Annual report on the lock hospitals of the Madras Presidency
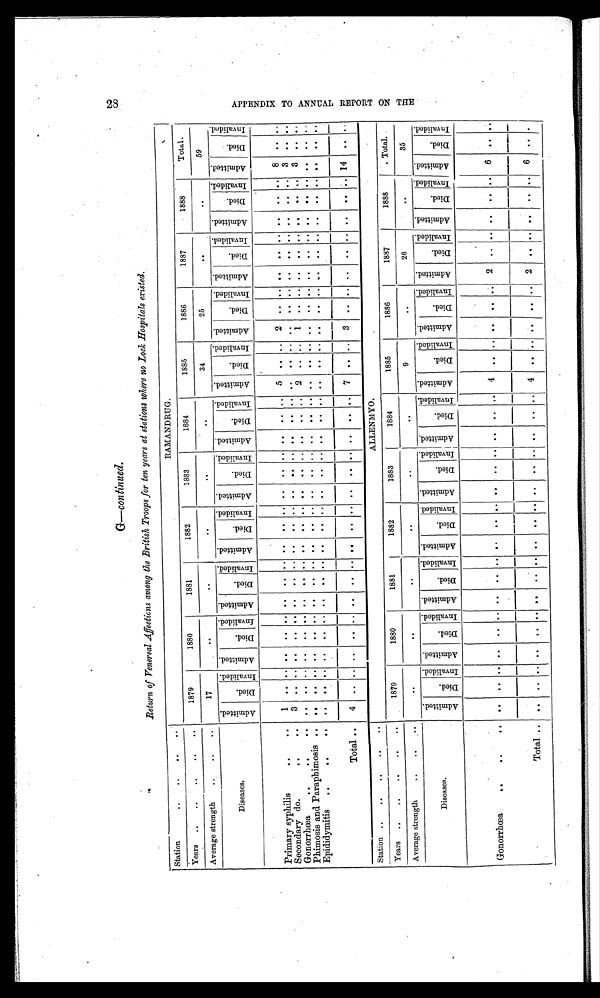
28
G— continued.
Return of Venereal Affecticns among the British Troops for ten years at stations where no Look Hospitals existed.
Station
..
..
..
. .
RAMANDRUG.
Years ..
..
..
..
. .
1879
1880
1881
1882
1883
1884
1885
1886
1887
1888
Total.
Average strength
..
..
..
17
..
..
. .
..
..
34
25
. .
..
59
Diseases.
A d m i t t e d .
D i e d
I n v a l i d e d .
A d m i t t e d
D i e d .
I n v a l i d e d . A d m i t t e d .
D i e d I n v a l i d e d
A d m i t t e d .
D i e d .
I n v a l i d e d A d m i t t e d
D i e d .
I n v a l i d e d .
A d m i t t e d .
D i e d .
I n v a l i d e d .
A d m i t t e d .
D i e d .
I n v a l i d e d .
A d m i t t e d .
D i e d .
I nval i ded.
A d m i t t e d .
D i e d .
I nval i ded.
A d m i t t e d .
D i e d .
I n v a l i d e d .
A d m i t t e d .
D i e d .
I n v a l i d e d .
Primary syphilis
..
..
1
..
. . ..
. .
. . ..
..
. . . .
. .
. . . . ..
. . . .
. . ..
5
. . ..
2
. . ..
..
.. ..
. .
..
. . 8
. .
. .
Secondary do.
..
. .
3 ..
. .
. .
. .
. . . .
. .
. . . .
. .
. . . .
. .
. . . .
. .
. . . .
. .
. . . .
. . ..
. . .. .. .. ..
. . 3
. .
. .
Gonorrhœa
..
..
. .
. .
. .
. . .. .. ... ..
. .
. . . .
..
. . . .
. . ..
. .
. . .. 2
. .
. . 1
. . .. ..
. . ..
. .
. . .. 3
. .
. .
Phimosis and Paraphimosis
. .
. .
. .
. .
. .
. .
. . . .
. .
. . . .
. .
. . . .
. .
. . . .
. .
. . . .
. .
. . . .
. . ..
. .
. . ..
. .
. .
. .
. .
. .
. .
Epididymitis
..
..
. . ..
.. ..
..
. .
. . ..
..
. . . .
. .
. . . .
. .
. . . .
. .
. . . .
. .
. . . .
. . ..
..
. . ..
. .
. .
. .
. .
. .
. .
Total ..
4 .. ..
. .
. .
. . . .
. .
. . . .
. .
. . . .
. .
..
. .
. .
7
. .
. .
3
. .
..
..
. .
..
. .
. .
. .
14
. .
. .
Station ..
..
..
..
..
A L L E N M Y O .
Years ..
..
..
..
. .
1879
1880
1881
1882
1883
1884
1885
1886
1887
1888.
Total.
Average strength
. . ..
. .
. .
. .
. .
. .
. .
9
. .
26
..
35
Diseases.
A d m i t t e d .
D i e d .
I n v a l i d e d .
A d m i t t e d .
D i e d
I n v a l i d e d .
A d m i t t d e .
D i e d .
I n v a l i d e d . A d m i t t e d .
D i e d .
I n v a l i d e d .
A d m i t t e d .
D i e d .
I n v a l i d e d
A d m i t t e d .
Died
I n v a l i d e d . A d m i t t e d .
D i e d .
I n v a l i d e d . A d m i t t e d
D i e d
I nval i ded.
AdmittedAdmitted DiedInvaliedAdmittedDiedInvalided.AdmittedDiedInvalided
Gonorrhœa
..
..
..
..
. .
. . ..
. .
. . ..
..
. . ..
. .
. . ..
. .
. .
.. ..
. . 4
. . ..
. .
..
..
2 .. .... .. ..6 .. ...
T o t a l . . . .
. .
. .
. . .. ..
. . . .
. .
. . . .
. .
. . ..
. .
. .
. .
..
. . 4 .. ..
. .
.. .. 2 .. .. ..
. .
.. 6 .. . .
A P P E N D I X T O A N N U A L R E P O R T O N T H E